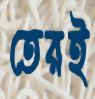
তেরই